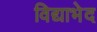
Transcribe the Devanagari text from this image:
विद्याभेद